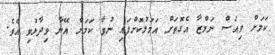
ކަމަށް ވިއަސް ނަމްޒާ އެގޮތަށް އަމަލުކޮށްފައި ނުވާ ކަމަށް އޭނާ ވިދާޅުވި އެވެ.